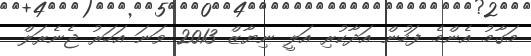
މަގާމު އެންމެ ފަހުން އަދާކުރި އަލީ ނިޔާޒް 2013 ވަނަ އަހަރު ޖެނެރަލް